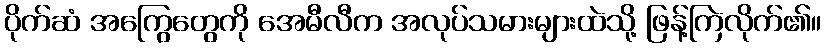
ပိုက်ဆံ အကြွေတွေကို အေမီလီက အလုပ်သမားများထဲသို့ ဖြန့်ကြဲလိုက်၏။